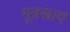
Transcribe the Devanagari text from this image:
मूत्रस्राव